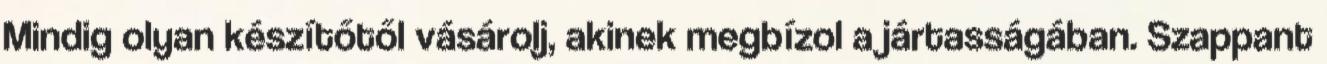
Mindig olyan készítőtől vásárolj, akinek megbízol a jártasságában. Szappant